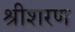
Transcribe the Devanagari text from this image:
श्रीशरण